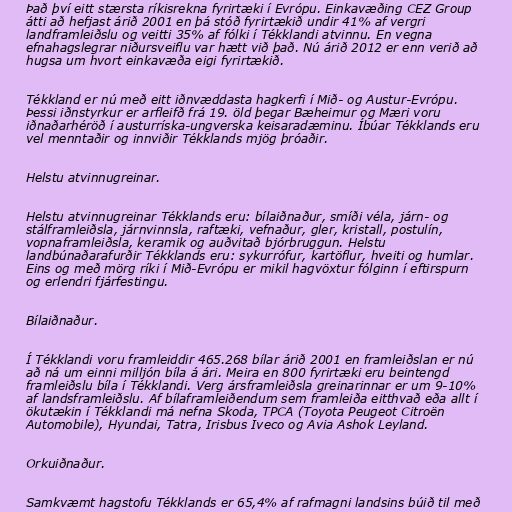
Það því eitt stærsta ríkisrekna fyrirtæki í Evrópu. Einkavæðing CEZ Group
átti að hefjast árið 2001 en þá stóð fyrirtækið undir 41% af vergri
landframleiðslu og veitti 35% af fólki í Tékklandi atvinnu. En vegna
efnahagslegrar niðursveiflu var hætt við það. Nú árið 2012 er enn verið að
hugsa um hvort einkavæða eigi fyrirtækið.

Tékkland er nú með eitt iðnvæddasta hagkerfi í Mið- og Austur-Evrópu.
Þessi iðnstyrkur er arfleifð frá 19. öld þegar Bæheimur og Mæri voru
iðnaðarhéröð í austurríska-ungverska keisaradæminu. Íbúar Tékklands eru
vel menntaðir og innviðir Tékklands mjög þróaðir.

Helstu atvinnugreinar.

Helstu atvinnugreinar Tékklands eru: bílaiðnaður, smíði véla, járn- og
stálframleiðsla, járnvinnsla, raftæki, vefnaður, gler, kristall, postulín,
vopnaframleiðsla, keramik og auðvitað bjórbruggun. Helstu
landbúnaðarafurðir Tékklands eru: sykurrófur, kartöflur, hveiti og humlar.
Eins og með mörg ríki í Mið-Evrópu er mikil hagvöxtur fólginn í eftirspurn
og erlendri fjárfestingu.

Bílaiðnaður.

Í Tékklandi voru framleiddir 465.268 bílar árið 2001 en framleiðslan er nú
að ná um einni milljón bíla á ári. Meira en 800 fyrirtæki eru beintengd
framleiðslu bíla í Tékklandi. Verg ársframleiðsla greinarinnar er um 9-10%
af landsframleiðslu. Af bílaframleiðendum sem framleiða eitthvað eða allt í
ökutækin í Tékklandi má nefna Skoda, TPCA (Toyota Peugeot Citroën
Automobile), Hyundai, Tatra, Irisbus Iveco og Avia Ashok Leyland.

Orkuiðnaður.

Samkvæmt hagstofu Tékklands er 65,4% af rafmagni landsins búið til með